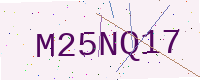
Text: M25NQ17